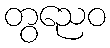
တွညေဝ